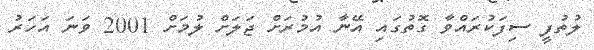
ލުތުފީ ސިފަކުރައްވާ ގޮތުގައި އޭނާ އުމުރަށް ޖަލަށް ލުމަށް 2001 ވަނަ އަހަރު